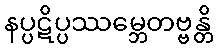
နပ္ပဋိပ္ပဿမ္ဘေတဗ္ဗန္တိ